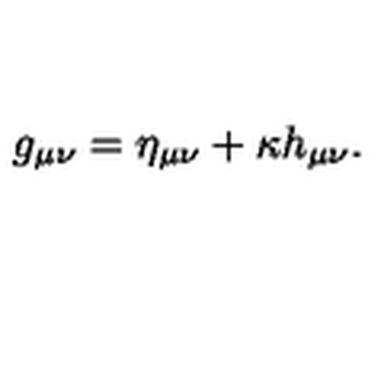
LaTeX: g _ { \mu \nu } = \eta _ { \mu \nu } + \kappa h _ { \mu \nu } .